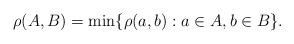
LaTeX: \begin{align*}\rho(A,B)=\min\{\rho(a,b): a\in A, b\in B\}.\end{align*}